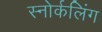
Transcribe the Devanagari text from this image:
स्‍नोर्कलिंग